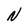
Character: N